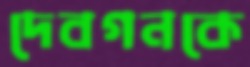
দেবগনকে